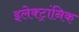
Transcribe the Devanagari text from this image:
इलेक्ट्रांनिक